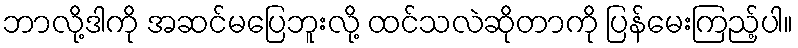
ဘာလို့ဒါကို အဆင်မပြေဘူးလို့ ထင်သလဲဆိုတာကို ပြန်မေးကြည့်ပါ။